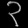
Digit: ၃